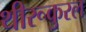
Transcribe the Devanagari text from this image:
थीरूकुरल